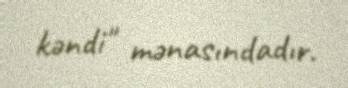
kəndi" mənasındadır.